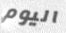
اليوم